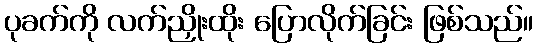
ပုခက်ကို လက်ညှိုးထိုး ပြောလိုက်ခြင်း ဖြစ်သည်။